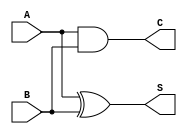
module CarryLookaheadHalfAdder (
    input wire A,    // 1-bit input A
    input wire B,    // 1-bit input B
    output wire S,   // 1-bit output Sum
    output wire C    // 1-bit output Carry
);

// Sum calculation using XOR
assign S = A ^ B;

// Carry calculation using AND
assign C = A & B;

endmodule